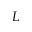
L